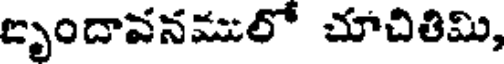
బృందావనములో చూచితిమి,